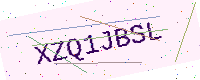
Text: XZQ1JBSL